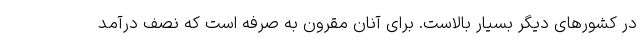
در کشورهای دیگر بسیار بالاست. برای آنان مقرون به صرفه است که نصف درآمد